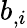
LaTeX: b_{,i}